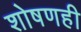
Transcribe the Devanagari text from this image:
शोषणही